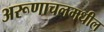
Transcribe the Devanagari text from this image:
अरूणाचलमधील